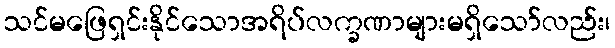
သင်မဖြေရှင်းနိုင်သောအရိပ်လက္ခဏာများမရှိသော်လည်း၊